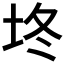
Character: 𰉡